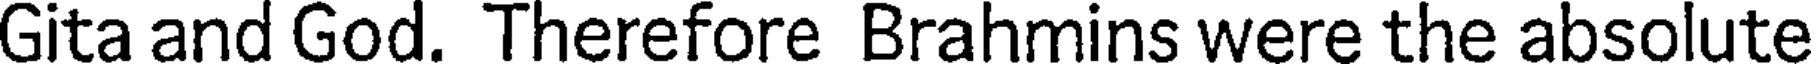
Gita and God. Therefore Brahmins were the absolute